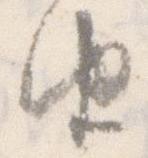
由